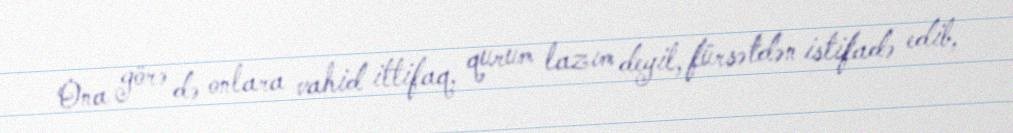
Ona görə də onlara vahid ittifaq, qurum lazım deyil, fürsətdən istifadə edib,